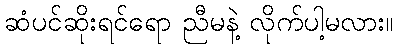
ဆံပင်ဆိုးရင်ရော ညီမနဲ့ လိုက်ပါ့မလား။